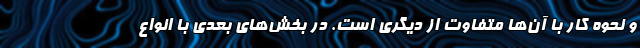
و نحوه کار با آن‌ها متفاوت از دیگری است. در بخش‌های بعدی با انواع